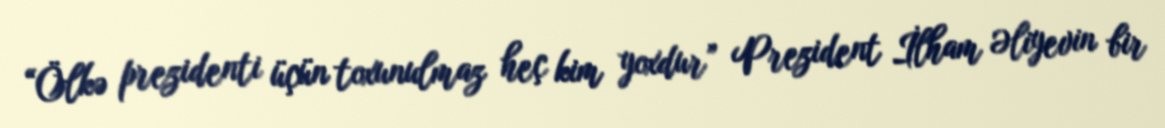
“Ölkə prezidenti üçün toxunulmaz heç kim yoxdur” Prezident İlham Əliyevin bir